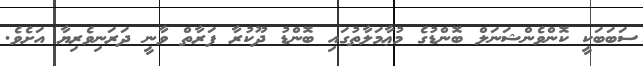
ސަބަބަކީ ކޮންވެންޝަނަލް ބޮންޑުގެ މުޢާމަލާތުގައި ބޮންޑު ދޫކުރާ ފަރާތް ވާނީ ދަރަނިވެރިޔާ އަށެވެ.